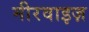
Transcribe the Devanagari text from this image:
मीरवाइज़